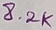
Text: 8.2K